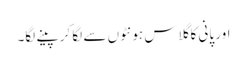
اور پانی کا گلاس ہونٹوں سے لگا کر پینے لگا۔